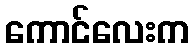
ကောင်လေးက